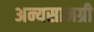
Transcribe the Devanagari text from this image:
अन्यसामग्री